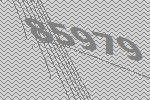
85979